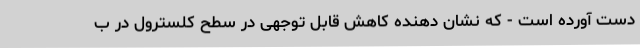
دست آورده است - که نشان دهنده کاهش قابل توجهی در سطح کلسترول در ب